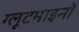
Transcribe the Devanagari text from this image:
ग्लूटमाइनों